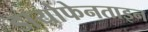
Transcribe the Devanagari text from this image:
डायोफेनताइन